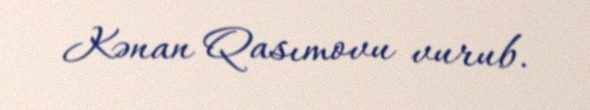
Kənan Qasımovu vurub.